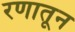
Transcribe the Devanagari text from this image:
रणातून